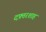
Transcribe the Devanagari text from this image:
दफ़्तरशाह